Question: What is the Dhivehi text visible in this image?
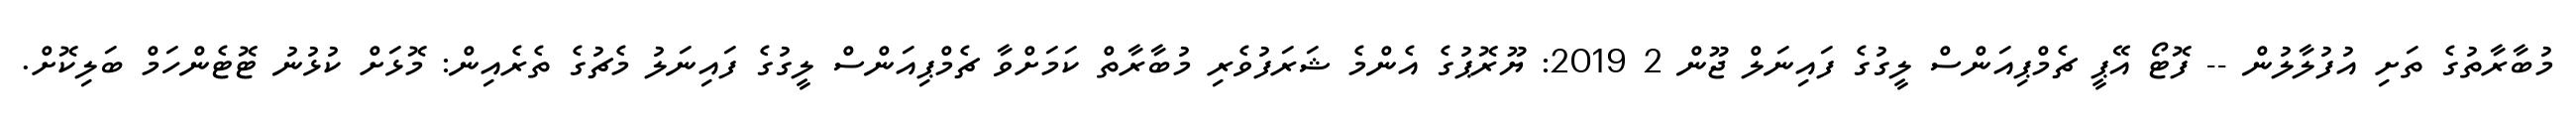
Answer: މުބާރާތުގެ ތަށި އުފުލާލުން -- ފޮޓޯ އޭޕީ ޗެމްޕިއަންސް ލީގުގެ ފައިނަލް ޖޫން 2 2019: ޔޫރޮޕުގެ އެންމެ ޝަރަފުވެރި މުބާރާތް ކަމަށްވާ ޗެމްޕިއަންސް ލީގުގެ ފައިނަލު މެޗުގެ ތެރެއިން: މޮޅަށް ކުޅުނު ޓޮޓެންހަމް ބަލިކޮށް.